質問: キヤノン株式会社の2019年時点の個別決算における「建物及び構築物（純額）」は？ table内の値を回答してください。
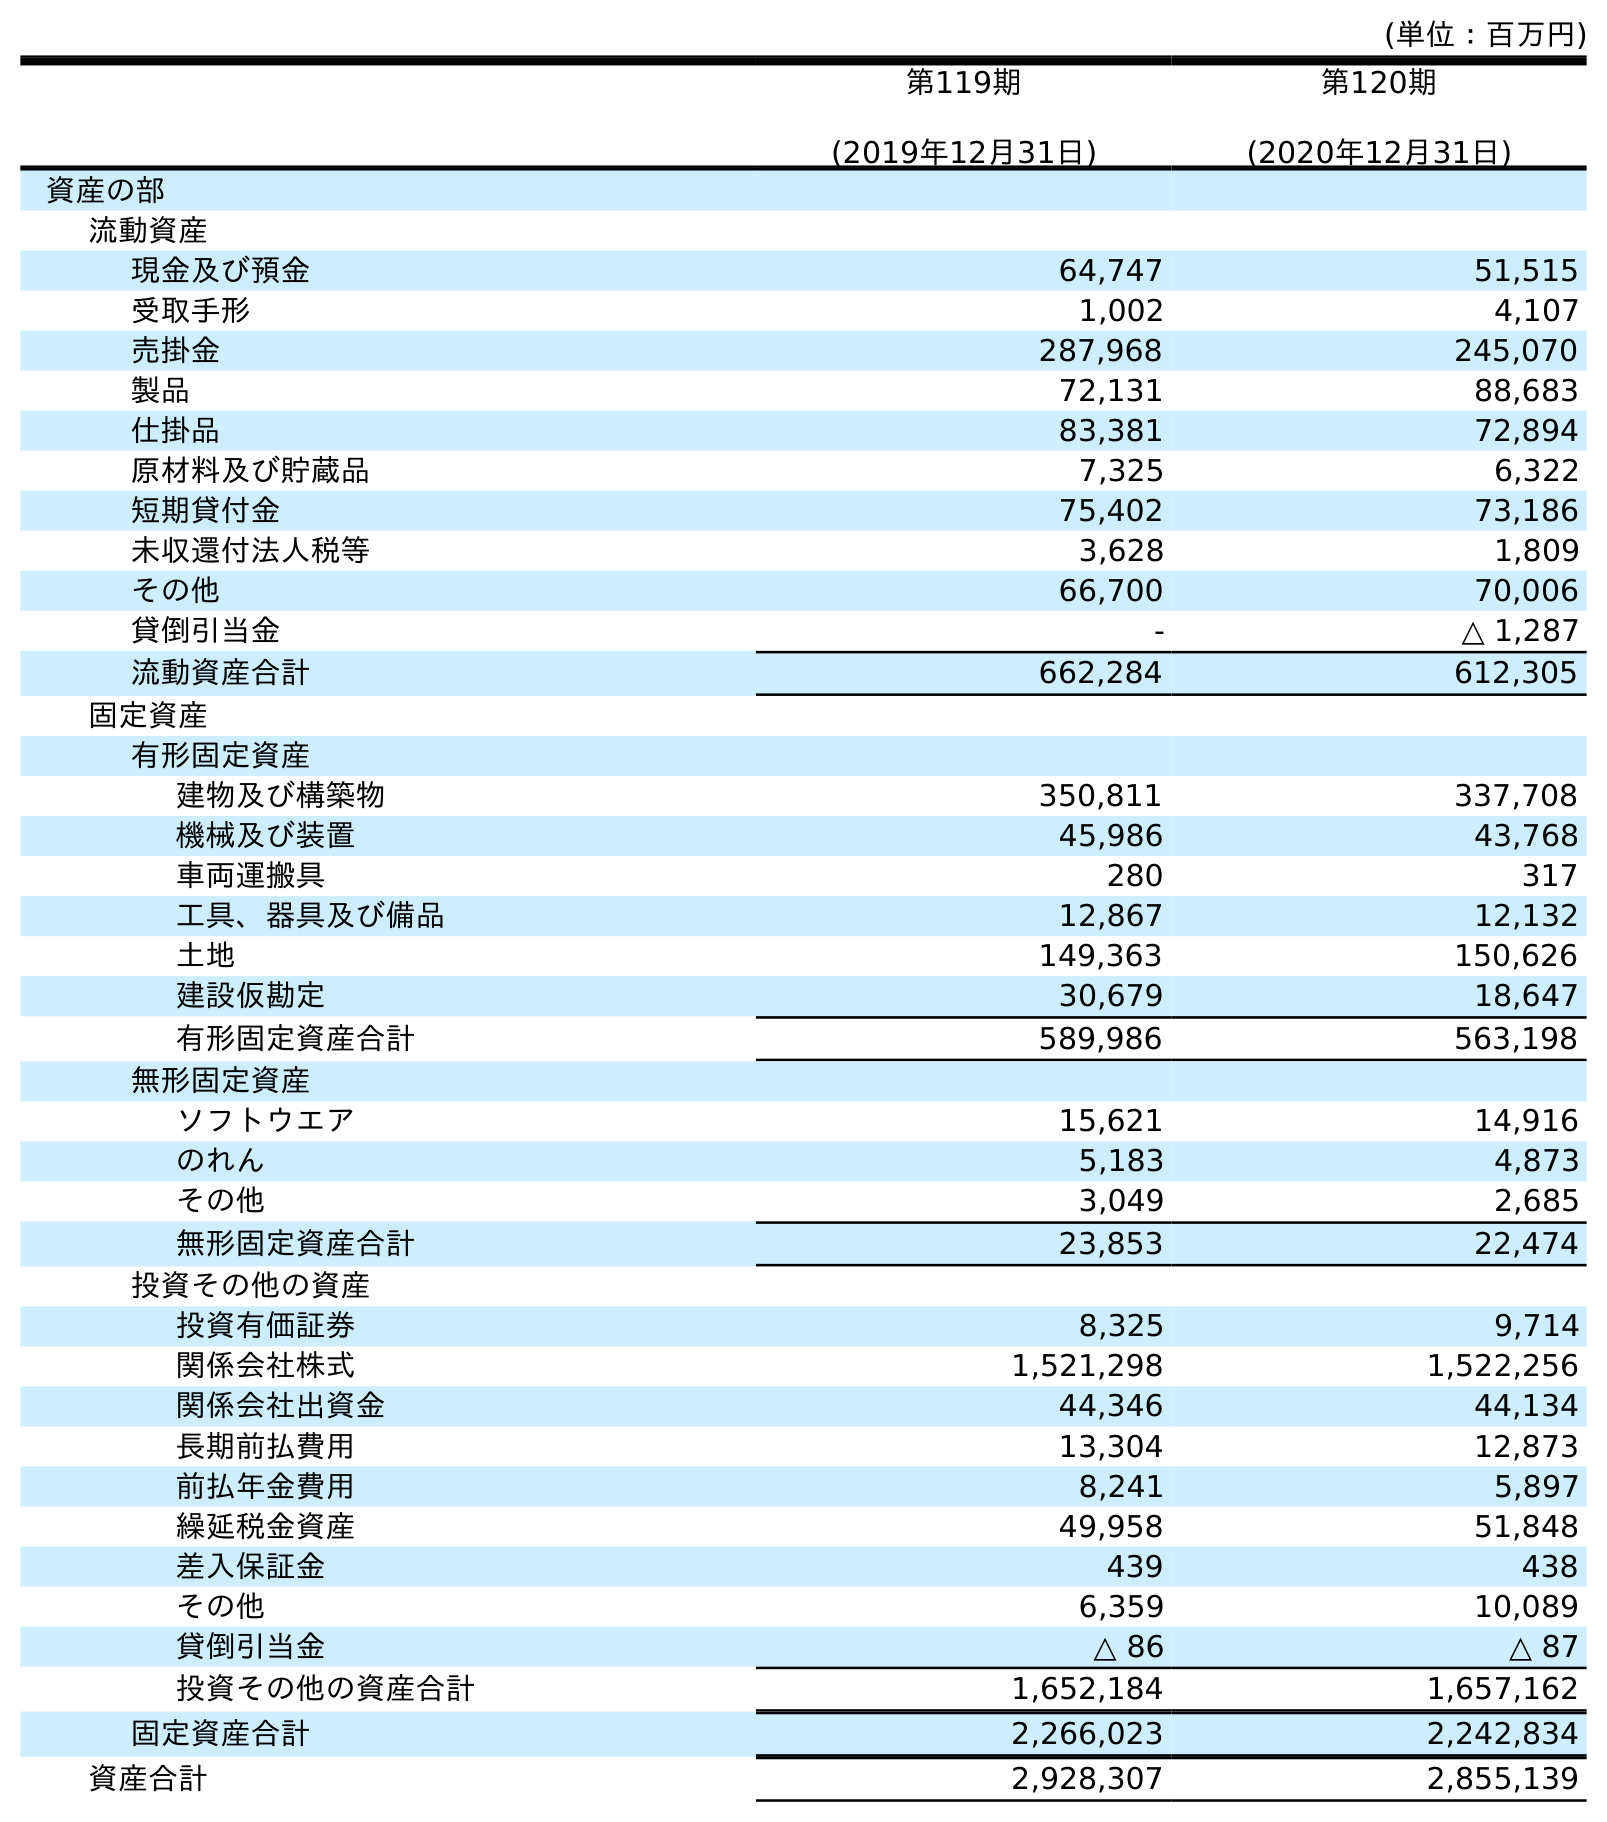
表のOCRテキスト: (単位：百万円) 第119期 (2019年12月31日) 第120期 (2020年12月31日) 資産の部 流動資産 現金及び預金 64,747 51,515 受取手形 1,002 4,107 売掛金 287,968 245,070 製品 72,131 88,683 仕掛品 83,381 72,894 原材料及び貯蔵品 7,325 6,322 短期貸付金 75,402 73,186 未収還付法人税等 3,628 1,809 その他 66,700 70,006 貸倒引当金 - △ 1,287 流動資産合計 662,284 612,305 固定資産 有形固定資産 建物及び構築物 350,811 337,708 機械及び装置 45,986 43,768 車両運搬具 280 317 工具、器具及び備品 12,867 12,132 土地 149,363 150,626 建設仮勘定 30,679 18,647 有形固定資産合計 589,986 563,198 無形固定資産 ソフトウエア 15,621 14,916 のれん 5,183 4,873 その他 3,049 2,685 無形固定資産合計 23,853 22,474 投資その他の資産 投資有価証券 8,325 9,714 関係会社株式 1,521,298 1,522,256 関係会社出資金 44,346 44,134 長期前払費用 13,304 12,873 前払年金費用 8,241 5,897 繰延税金資産 49,958 51,848 差入保証金 439 438 その他 6,359 10,089 貸倒引当金 △ 86 △ 87 投資その他の資産合計 1,652,184 1,657,162 固定資産合計 2,266,023 2,242,834 資産合計 2,928,307 2,855,139
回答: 350,811